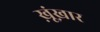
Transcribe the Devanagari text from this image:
ख़ूंख़ार